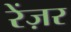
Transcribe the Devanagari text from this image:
रेंज़र